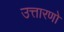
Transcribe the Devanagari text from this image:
उत्तारणो